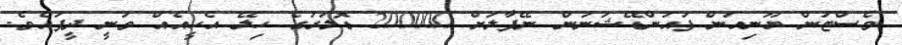
ވެސްޓަން ޔޫނިއަން ފައުންޑޭޝަނުން ނޭޕާލަށް 200000 ޑޮލަރުގެ ހިލޭ އެހީއެއް ވަނީ ދީފައެވެ.